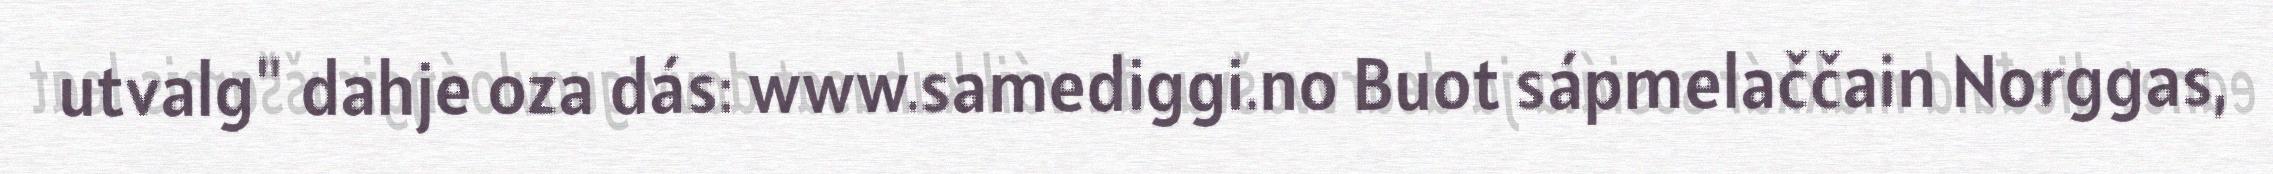
utvalg" dahje oza dás: www.samediggi.no Buot sápmelaččain Norggas,